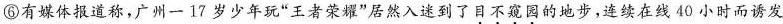
⑥有媒体报道称，广州一17岁少年玩”王者荣耀”居然入迷到了目不窥园的地步，连续在线40小时而诱发